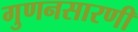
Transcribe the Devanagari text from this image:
गुणनसारणी